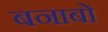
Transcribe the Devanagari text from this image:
बनाबो